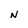
Character: N